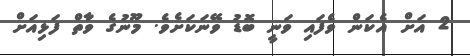
2 އަށް އެކަން ވެފައި ވަނީ ބޮޑު ވޭނަކަށެވެ. މޫނުގެ ވާތް ފަޅިއަށް